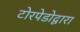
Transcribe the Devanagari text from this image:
टोरपेडोद्वारा